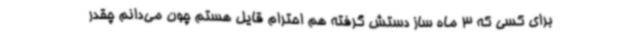
برای کسی که 3 ماه ساز دستش گرفته هم احترام قایل هستم چون می‌دانم چقدر